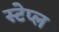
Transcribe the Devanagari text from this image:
स्टेप्ल